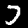
Label: 7